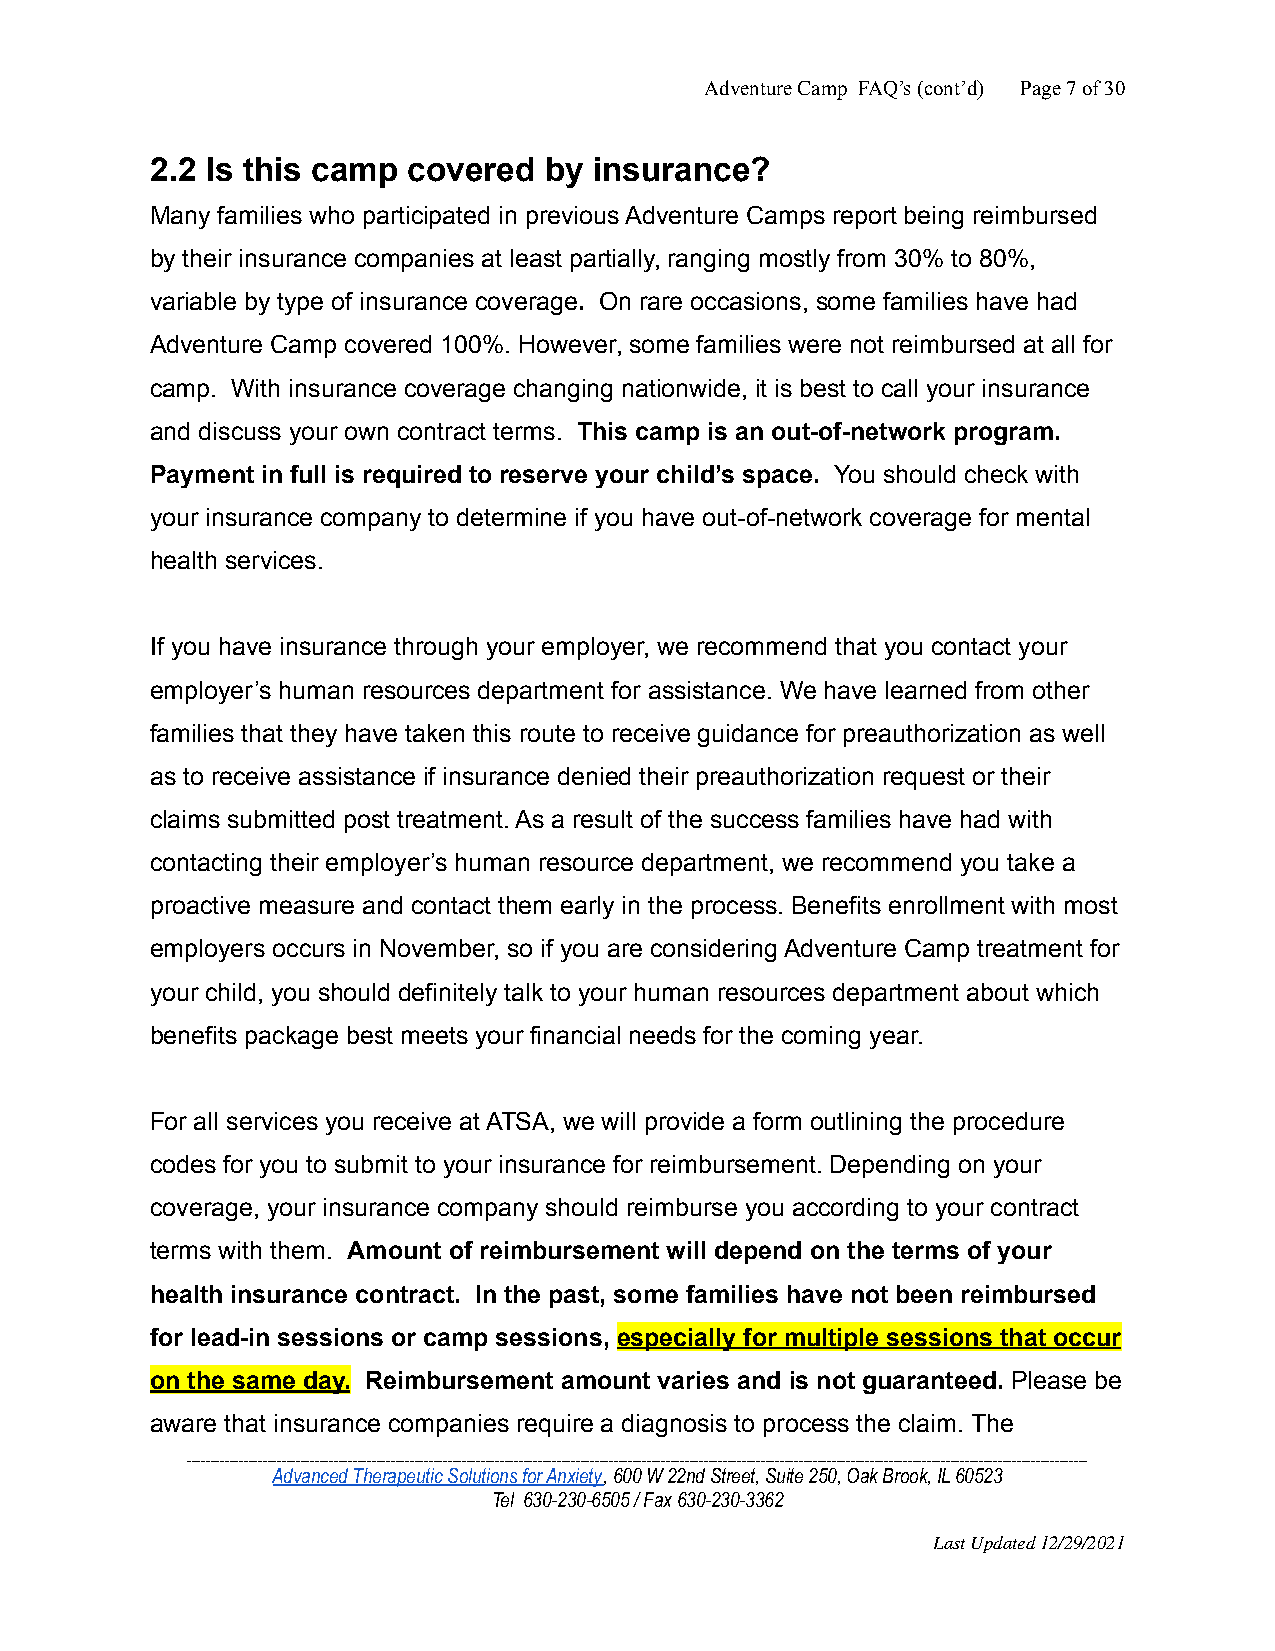
Adventure Camp FAQ’s (cont’d) Page7of30
 2.2 Is this camp covered  by insurance?
 Many families who participated in previous Adventure Camps report being reimbursed
 by their insurance companies at least partially, ranging mostly from 30% to 80%,
 variable by type of insurance coverage. On rare occasions, some families have had
 Adventure Camp covered 100%. However, some families were not reimbursed at all for
 camp. With insurance coverage changing nationwide, it is best to call your insurance
 and discuss your own contract terms. This camp is an out-of-network program.
 Payment in full is required to reserve your child’s space. You should check with
 your insurance company to determine if you have out-of-network coverage for mental
 health services.
 If you have insurance through your employer, we recommend that you contact your
 employer’s human resources department for assistance. We have learned from other
 families that they have taken this route to receive guidance for preauthorization as well
 as to receive assistance if insurance denied their preauthorization request or their
 claims submitted post treatment. As a result of the success families have had with
 contacting their employer’s human resource department, we recommend you take a
 proactive measure and contact them early in the process. Benefits enrollment with most
 employers occurs in November, so if you are considering Adventure Camp treatment for
 your child, you should definitely talk to your human resources department about which
 benefits package best meets your financial needs for the coming year.
 For all services you receive at ATSA, we will provide a form outlining the procedure
 codes for you to submit to your insurance for reimbursement. Depending on your
 coverage, your insurance company should reimburse you according to your contract
 terms with them. Amount of reimbursement will depend on the terms of your
 health insurance contract. In the past, some families have not been reimbursed
 for lead-in sessions or camp sessions, especially for multiple sessions that occur
 on the same day. Reimbursement amount varies and is not guaranteed. Please be
 aware that insurance companies require a diagnosis to process the claim. The
 ______________________________________________________________________________________________________________________________________________________________________________________________
 Advanced Therapeutic Solutions for Anxiety, 600 W22nd Street, Suite 250, Oak Brook, IL 60523
 Tel 630-230-6505 / Fax 630-230-3362
 Last Updated 12/29/2021